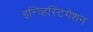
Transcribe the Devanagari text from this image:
इन्व्हिस्टिगेशन